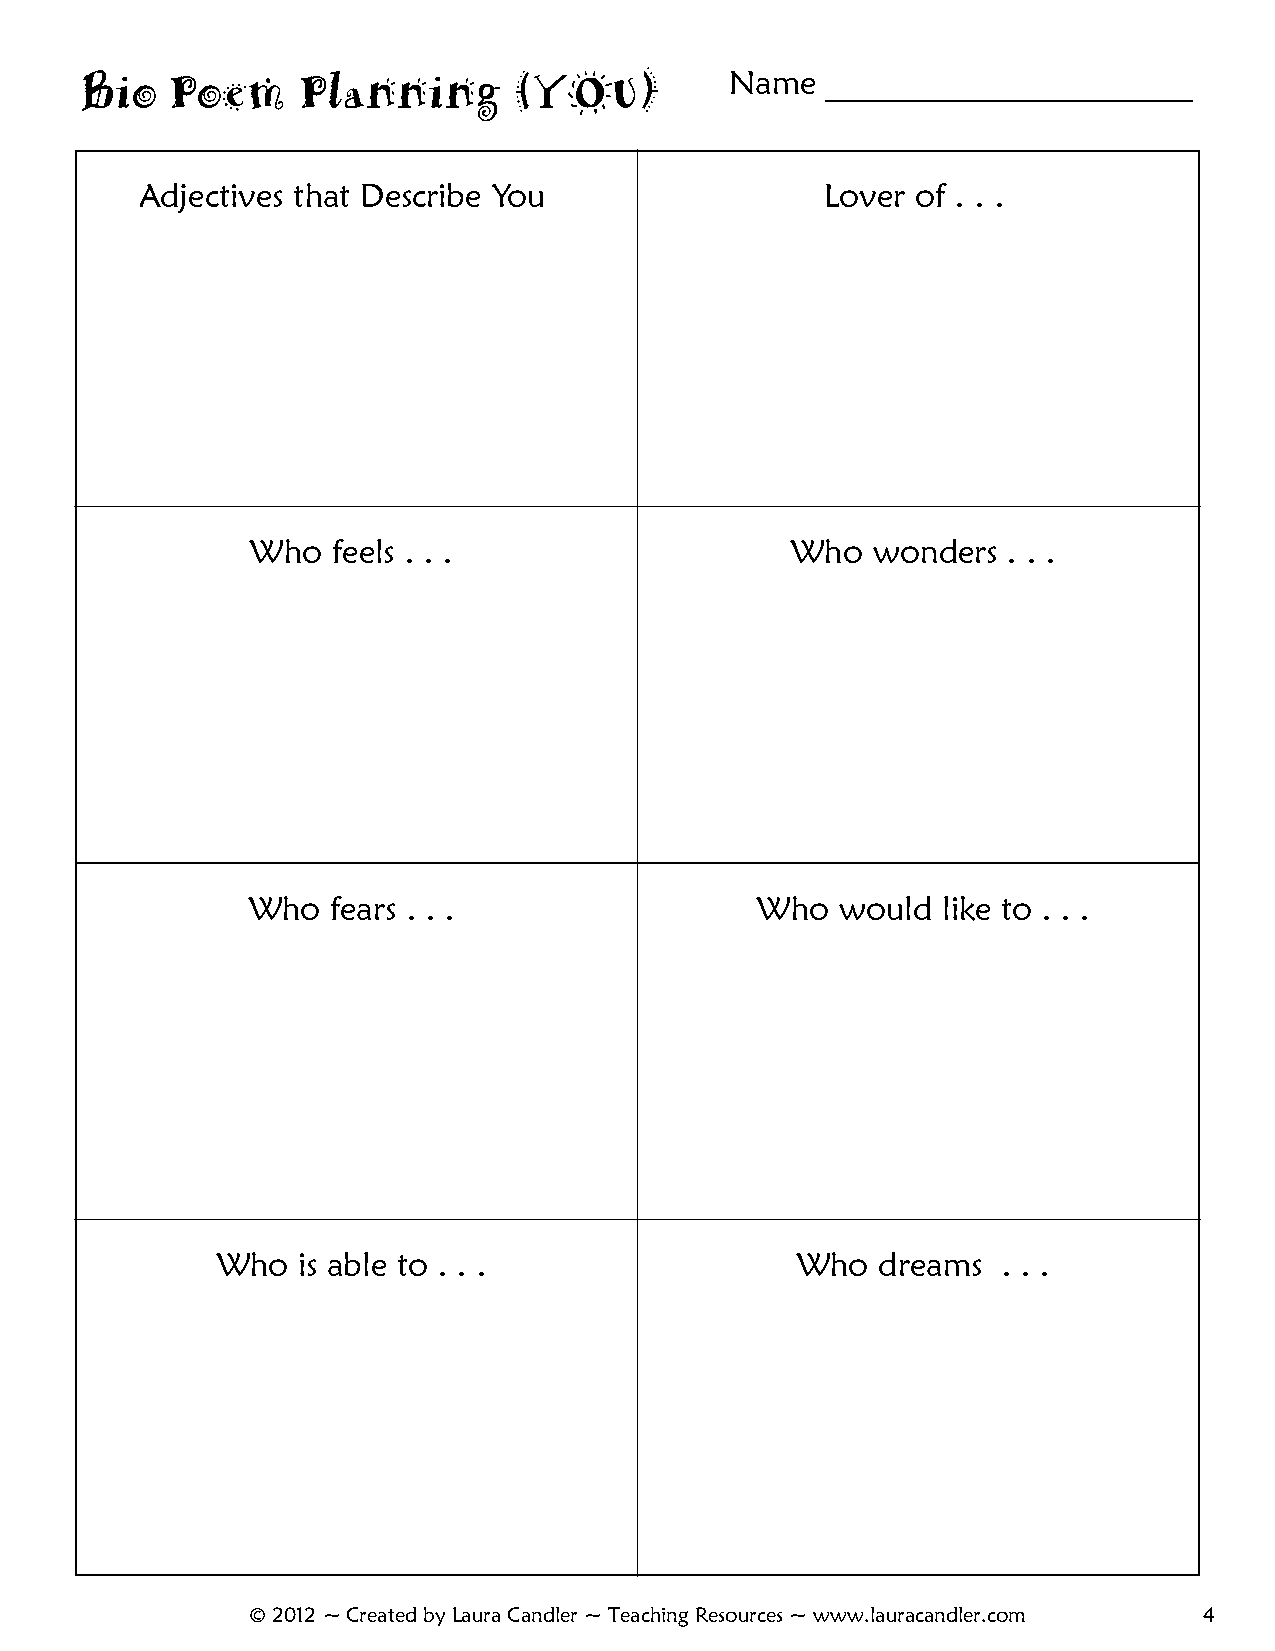
Name   ______________________
 Bio   Poem     Planning      (YOU)
 Adjectives that Describe You                  Lover of . . .
 Who  feels . . .                   Who   wonders  . . .
 Who   fears . . .                 Who   would like to . . .
 Who   is able to . . .                 Who  dreams  . . .
 © 2012 ~ Created by Laura Candler ~ Teaching Resources ~ www.lauracandler.com 4